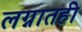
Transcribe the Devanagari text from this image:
लग्नातही